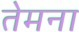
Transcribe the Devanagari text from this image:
तेमना